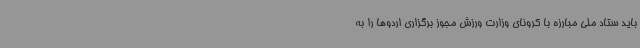
باید ستاد ملی مبارزه با کرونای وزارت ورزش مجوز برگزاری اردوها را به